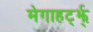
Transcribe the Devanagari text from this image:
मेगाहर्ट्झ्